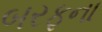
બરફના